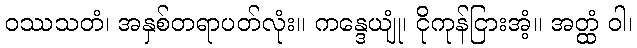
ဝဿသတံ၊ အနှစ်တရာပတ်လုံး။ ကန္ဒေယျုံ၊ ငိုကုန်ငြားအံ့။ အတ္ထံ ဝါ၊